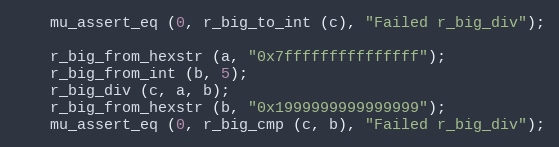
Language: C
	mu_assert_eq (0, r_big_to_int (c), "Failed r_big_div");

	r_big_from_hexstr (a, "0x7fffffffffffffff");
	r_big_from_int (b, 5);
	r_big_div (c, a, b);
	r_big_from_hexstr (b, "0x1999999999999999");
	mu_assert_eq (0, r_big_cmp (c, b), "Failed r_big_div");